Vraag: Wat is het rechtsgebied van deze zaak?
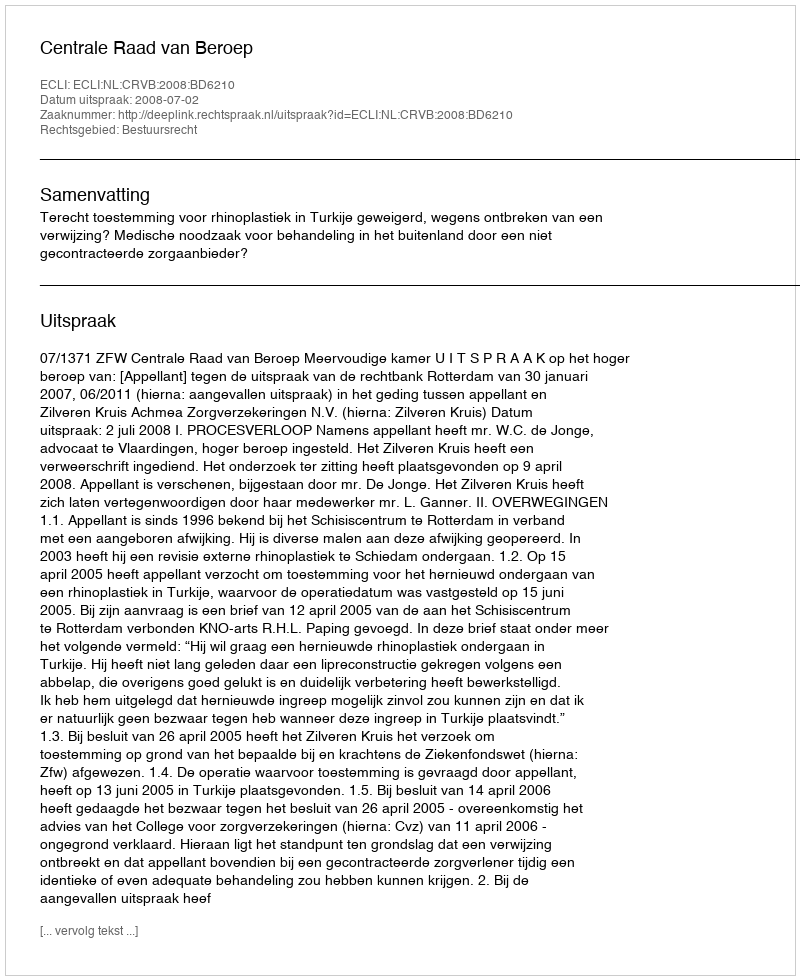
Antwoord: Bestuursrecht